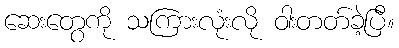
ဆေးတွေကို သကြားလုံးလို ဝါးတတ်ခဲ့ပြီ။